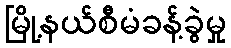
မြို့နယ်စီမံခန့်ခွဲမှု